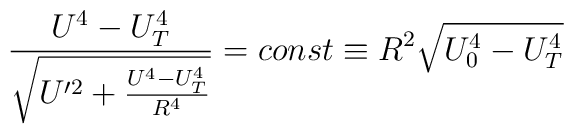
\frac{U^4 - U_T^4}{\sqrt{U^{\prime 2} + \frac{U^4 - U_T^4}{R^4}}} = const \equiv R^2 \sqrt{U_0^4 - U_T^4}